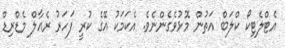
އެޓްލެޓިކޯ ކްލަބް އަތުން މޮޅުވެގެންނެވެ. އެކަމަކު އޭގެ ކުރީ ފަހަރު ރެއާލް މެޑްރިޑް